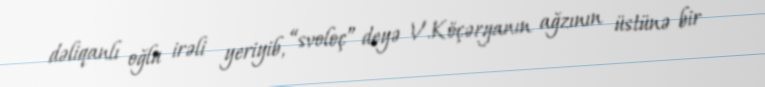
dəliqanlı oğlu irəli yeriyib, “svoloç” deyə V.Köçəryanın ağzının üstünə bir